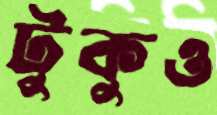
টুকুও